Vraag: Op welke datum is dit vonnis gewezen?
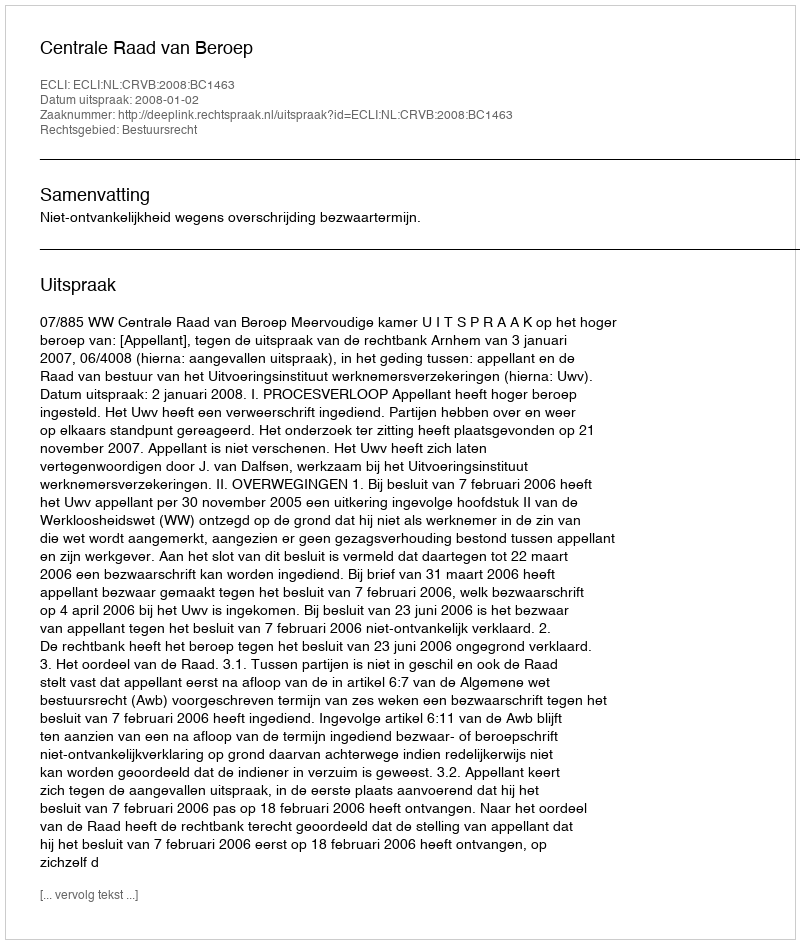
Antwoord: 2008-01-02